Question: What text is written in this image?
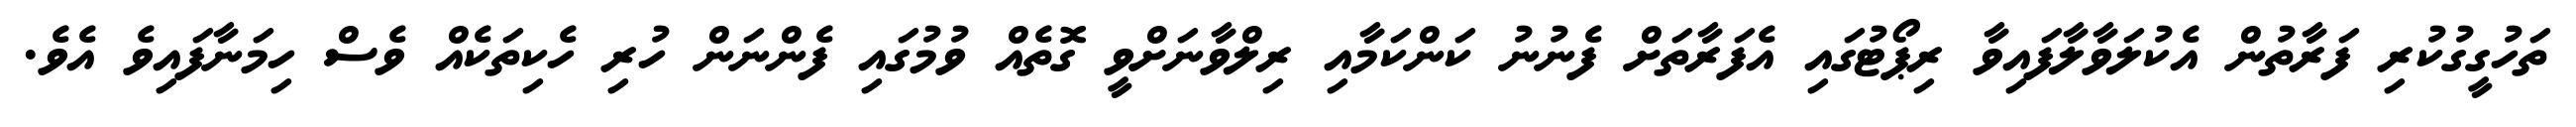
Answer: ތަހުގީގުކުރި ފަރާތުން އެކުލަވާލާފައިވާ ރިޕޯޓުގައި އެފަރާތަށް ފެނުނު ކަންކަމާއި ރިލްވާނަށްވީ ގޮތެއް ވުމުގައި ފެންނަން ހުރި ހެކިތަކެއް ވެސް ހިމަނާފައިވެ އެވެ.